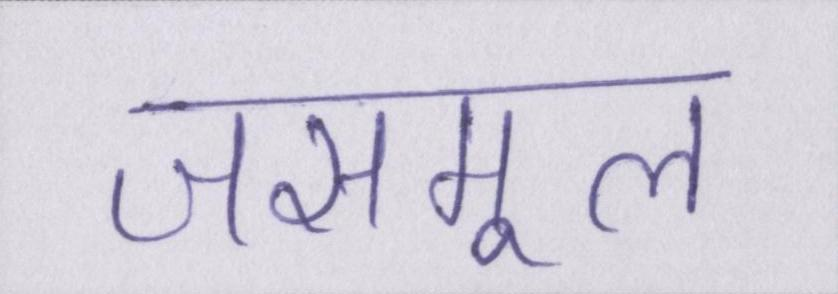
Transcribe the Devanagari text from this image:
जसमूल